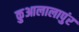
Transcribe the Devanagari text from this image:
कुआलालापुंर